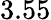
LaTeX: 3.55